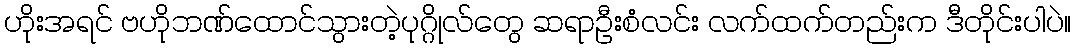
ဟိုးအရင် ဗဟိုဘဏ်ထောင်သွားတဲ့ပုဂ္ဂိုလ်တွေ ဆရာဦးစံလင်း လက်ထက်တည်းက ဒီတိုင်းပါပဲ။